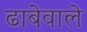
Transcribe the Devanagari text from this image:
ढाबेवाले